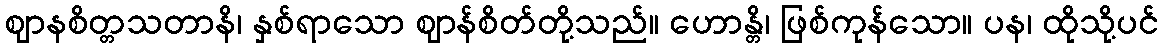
ဈာနစိတ္တသတာနိ၊ နှစ်ရာသော ဈာန်စိတ်တို့သည်။ ဟောန္တိ၊ ဖြစ်ကုန်သော။ ပန၊ ထိုသို့ပင်